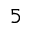
_ 5